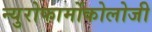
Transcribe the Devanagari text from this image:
न्युरोफार्मोकोलोजी